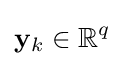
\mathbf {y} _{k}\in \mathbb {R} ^{q}